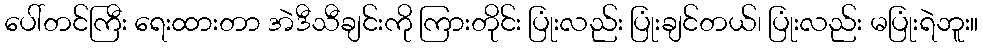
ပေါ်တင်ကြီး ရေးထားတာ အဲဒီသီချင်းကို ကြားတိုင်း ပြုံးလည်း ပြုံးချင်တယ်၊ ပြုံးလည်း မပြုံးရဲဘူး။